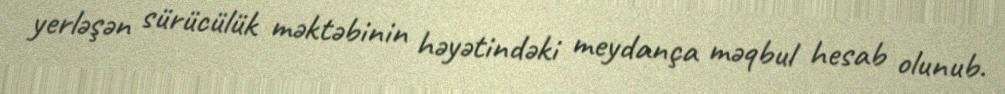
yerləşən sürücülük məktəbinin həyətindəki meydança məqbul hesab olunub.